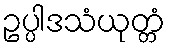
ဥပ္ပါဒသံယုတ္တံ